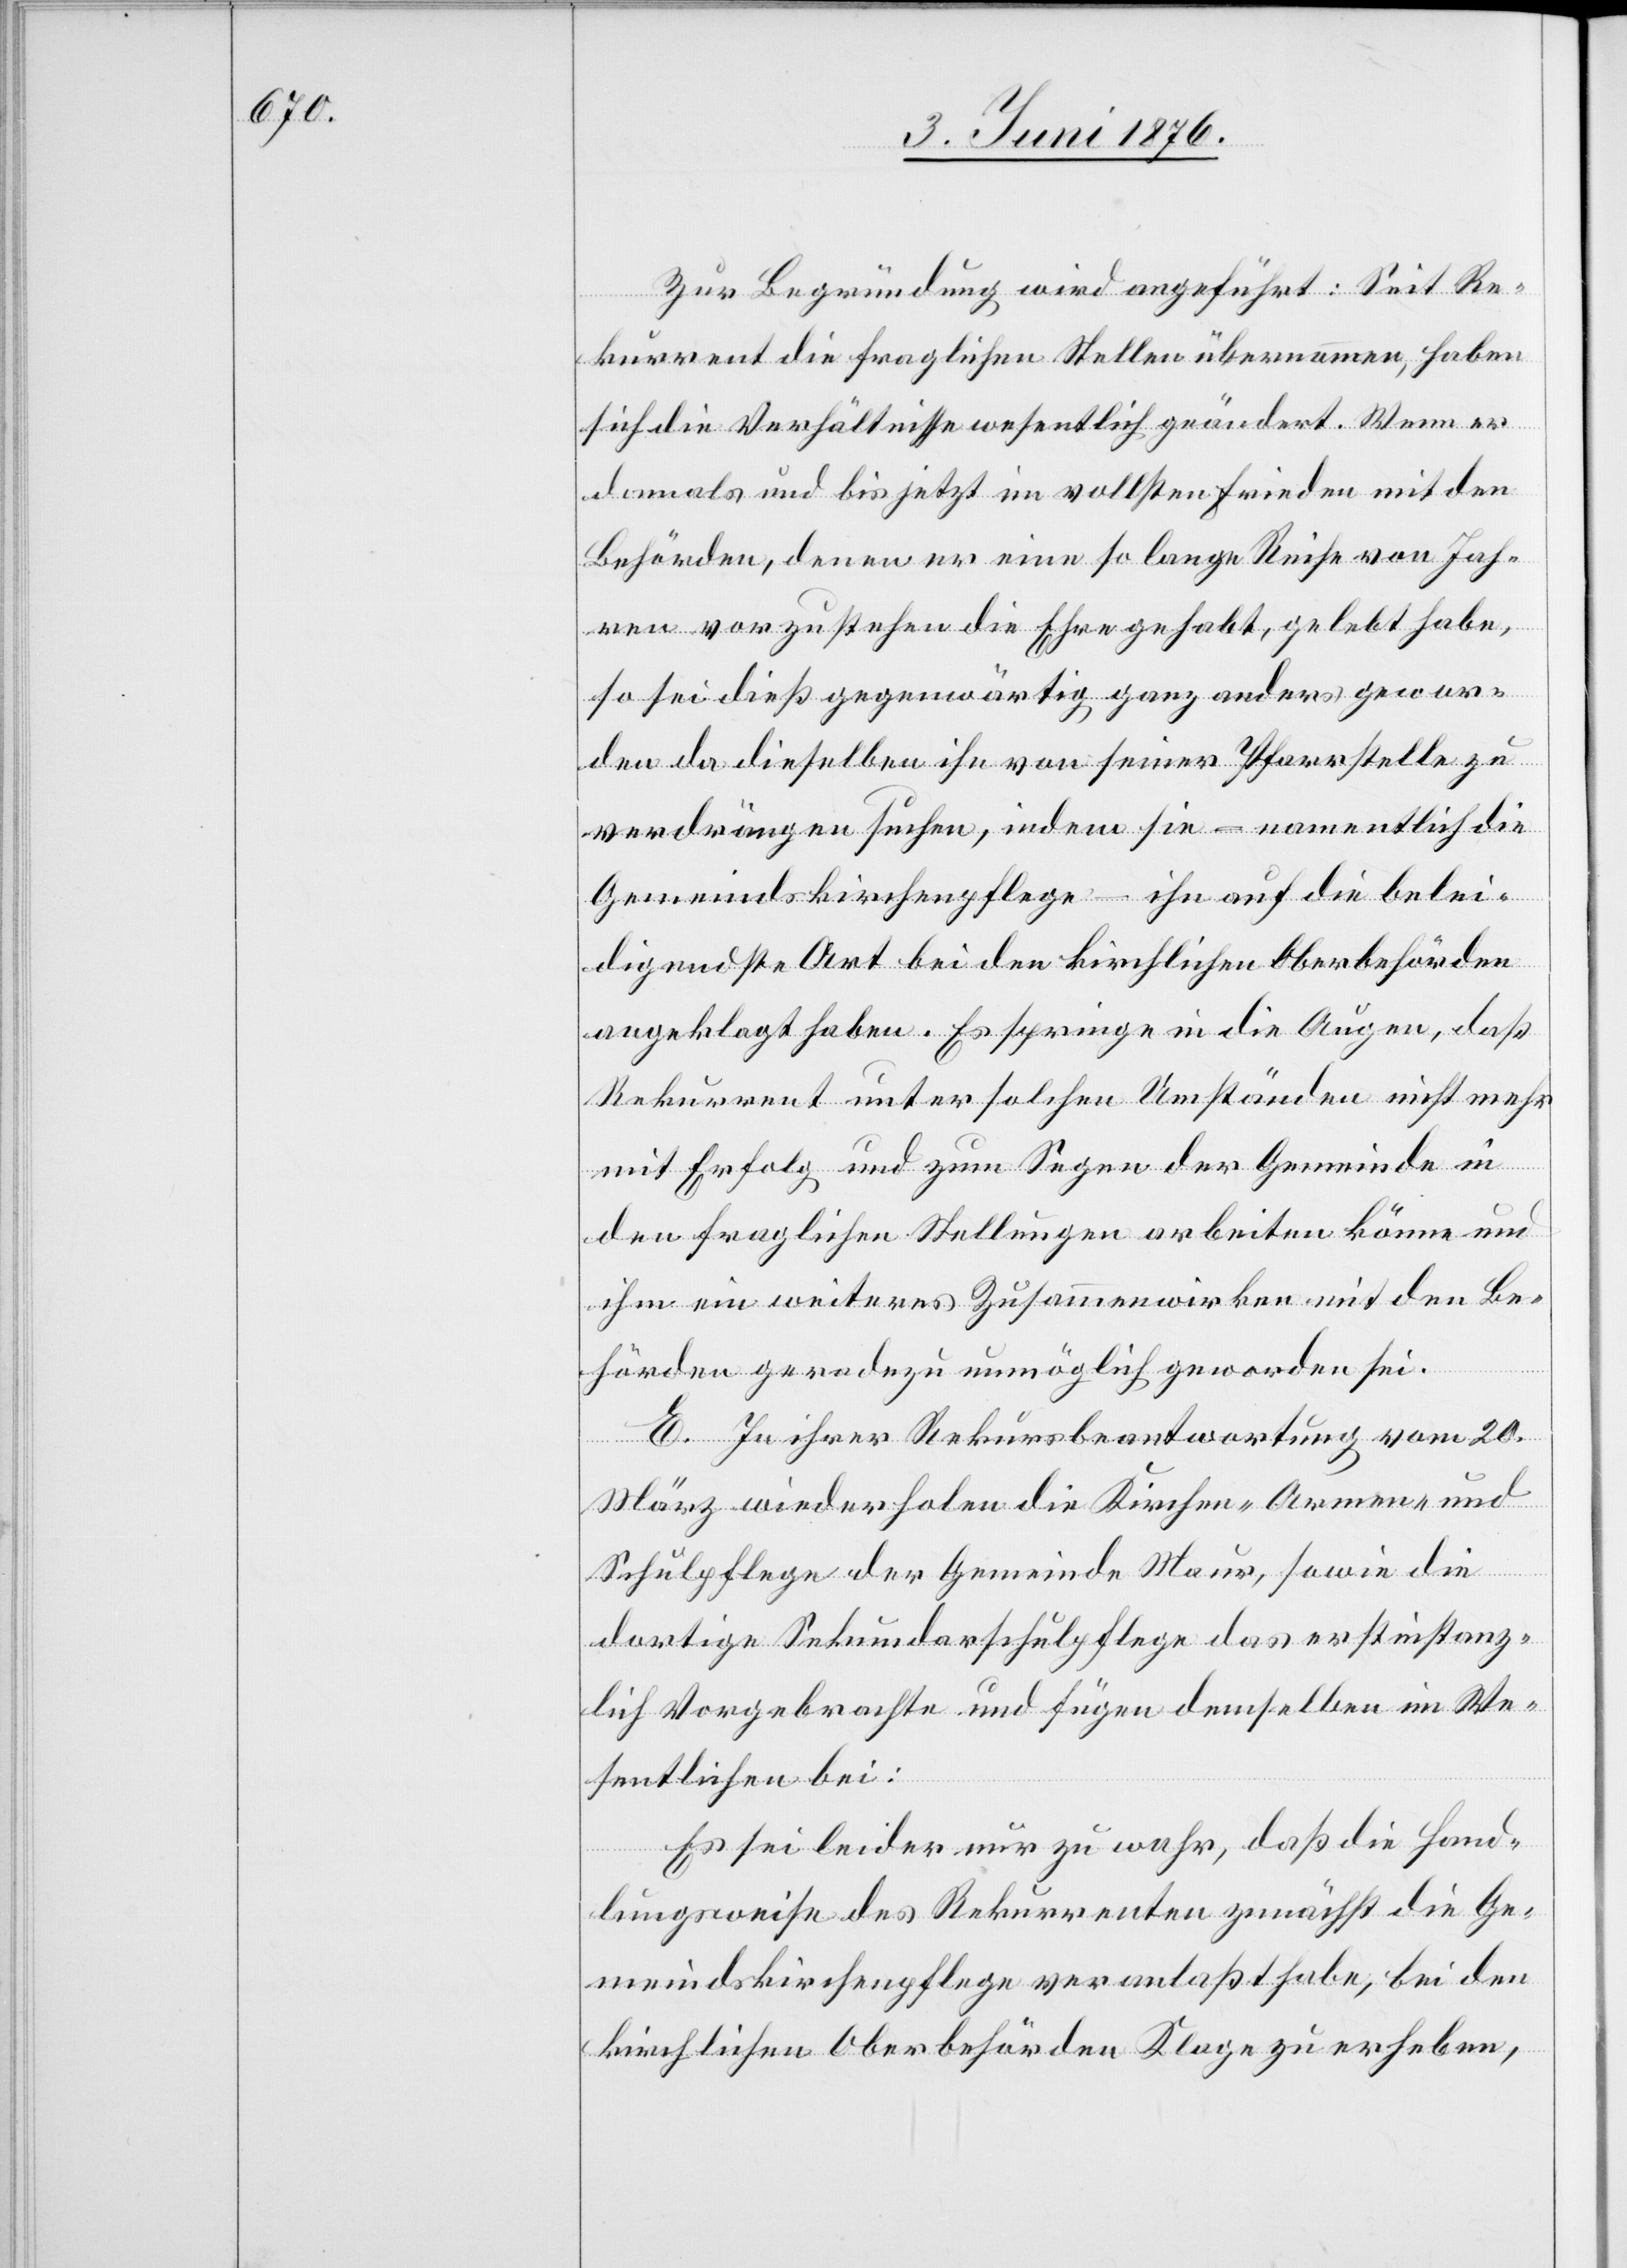
Zur Begründung wird angeführt: Seit Re¬
kurrent die fraglichen Stellen übernommen, haben
sich die Verhältnisse wesentlich geändert. Wenn er
damals und bis jetzt im vollsten Frieden mit den
Behörden, denen er eine so lange Reihe von Jah¬
ren vorzustehen die Ehre gehabt, gelebt habe,
so sei dieß gegenwärtig ganz anders gewes¬
en da dieselben ihn von seiner Pfarrstelle zu
verdrängen suchen, indem sie – namentlich die
Gemeindskirchenpflege – ihn auf die belei¬
digendste Art bei den kirchlichen Oberbehörden
angeklagt haben. Es springe in die Augen, das
Rekurrent unter solchen Umständen nicht mehr
mit Erfolg und zum Segen der Gemeinde in
den fraglichen Stellungen arbeiten könne und
ihm ein weiteres Zusammenwirken mit den Be¬
hörden geradezu unmöglich geworden sei.
E. In ihrer Rekursbeantwortung vom 20.
März wiederholen die Kirchen-[,] Armen- und
Schulpflege der Gemeinde Maur, sowie die
dortige Sekundarschulpflege das erstinstanz¬
lich Vorgebrachte und fügen demselben im We¬
sentlichen bei:
Es sei leider nur zu wahr, daß die Hand¬
lungsweise des Rekurrenten zunächst die Ge¬
meindskirchenpflege veranlaßt habe, bei den
kirchlichen Oberbehörden Klage zu erheben,